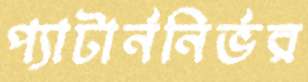
প্যাটার্ননির্ভর